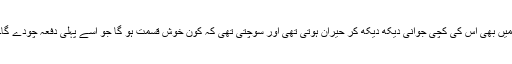
میں بھی اس کی کچی جوانی دیکھ دیکھ کر حیران ہوتی تھی اور سوچتی تھی کہ کون خوش قسمت ہو گا جو اسے پہلی دفعہ چودے گا۔